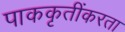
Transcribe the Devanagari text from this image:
पाककृतींकरता